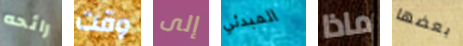
رائحه وقت إلى المبدئي ماذا بعضها